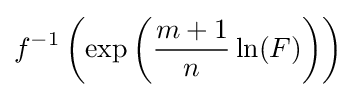
f^{-1}\left(\exp \left({\frac {m+1}{n}}\ln(F)\right)\right)